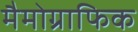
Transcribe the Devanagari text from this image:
मैमोग्राफिक